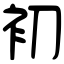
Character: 初